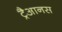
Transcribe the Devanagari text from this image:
ट्रैआनस